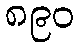
၈၉၀